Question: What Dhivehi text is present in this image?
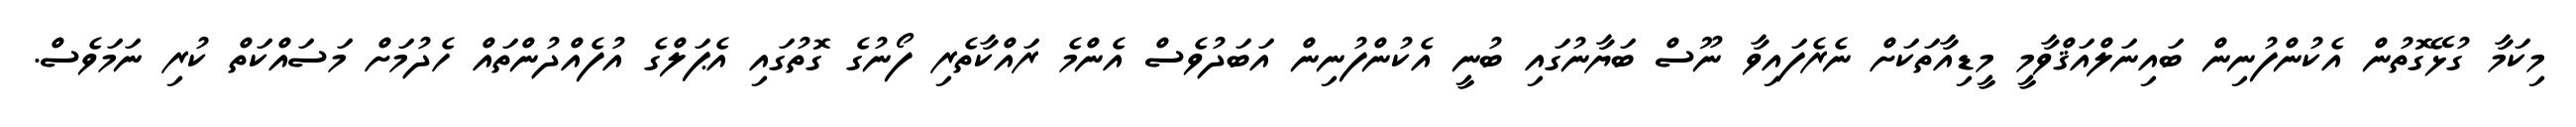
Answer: މިކަމާ ގުޅޭގޮތުން އެކުންފުނިން ބައިނަލްއަޤްވާމީ މީޑިއާތަކަށް ނެރެފައިވާ ނޫސް ބަޔާނުގައި ބުނީ އެކުންފުނިން އަބަދުވެސް އެންމެ ރައްކާތެރި ފޯނުގެ ގޮތުގައި އެޕަލްގެ އުފެއްދުންތައް ހެދުމަށް މަސައްކަތް ކުރި ނަމަވެސް.